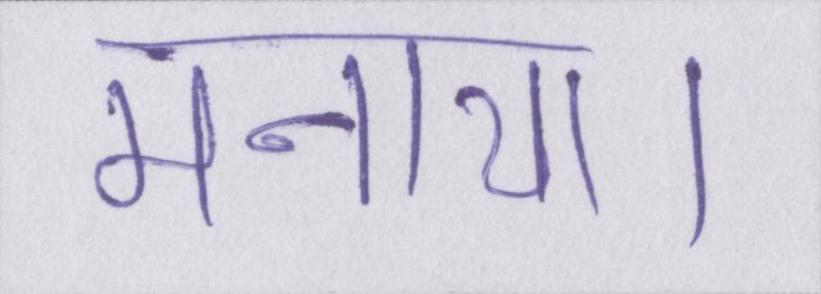
मनाया।